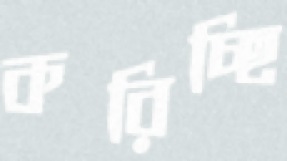
করিচ্ছি